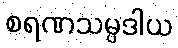
စရဏသမ္ပဒါယ